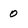
Character: 0